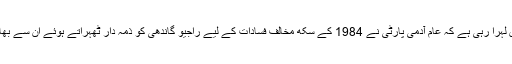
ظاہری طور پر تو کانگریس عآپ کے خلاف تلواریں لہرا رہی ہے کہ عام آدمی پارٹی نے 1984 کے سکھ مخالف فسادات کے لیے راجیو گاندھی کو ذمہ دار ٹھہراتے ہوئے ان سے بھارت رتن ایوارڈ واپس لینے کی مہم چھیڑ رکھی ہے۔